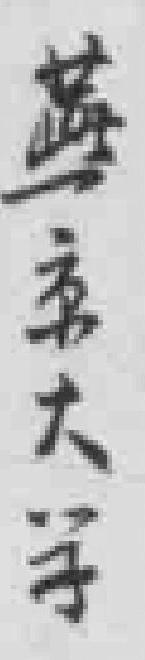
燕京大学